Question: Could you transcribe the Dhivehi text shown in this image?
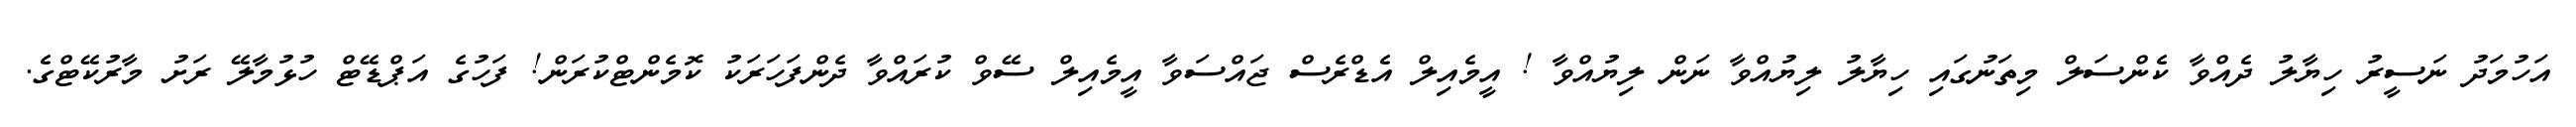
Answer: އަހުމަދު ނަސީރު ހިޔާލު ދެއްވާ ކެންސަލް މިތަނުގައި ހިޔާލު ލިޔުއްވާ ނަން ލިޔުއްވާ ! އީމެއިލް އެޑްރެސް ޖައްސަވާ އީމެއިލް ސޭވް ކުރައްވާ ދެންފަހަރަކު ކޮމެންޓްކުރަން! ފަހުގެ އަޕްޑޭޓް ހުޅުމާލޭ ރަށު މާރުކޭޓްގެ.